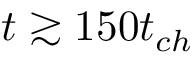
t \gtrsim 1 5 0 t _ { c h }